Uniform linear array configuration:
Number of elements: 48
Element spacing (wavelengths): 1
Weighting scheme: binomial
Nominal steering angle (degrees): -15
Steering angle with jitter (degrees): -15.483
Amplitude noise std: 0.05
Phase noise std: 0.05

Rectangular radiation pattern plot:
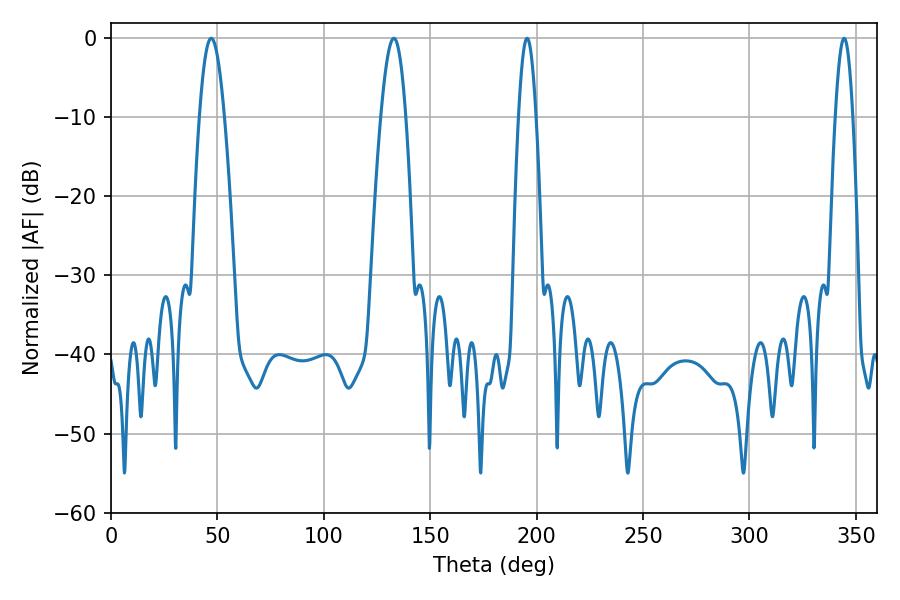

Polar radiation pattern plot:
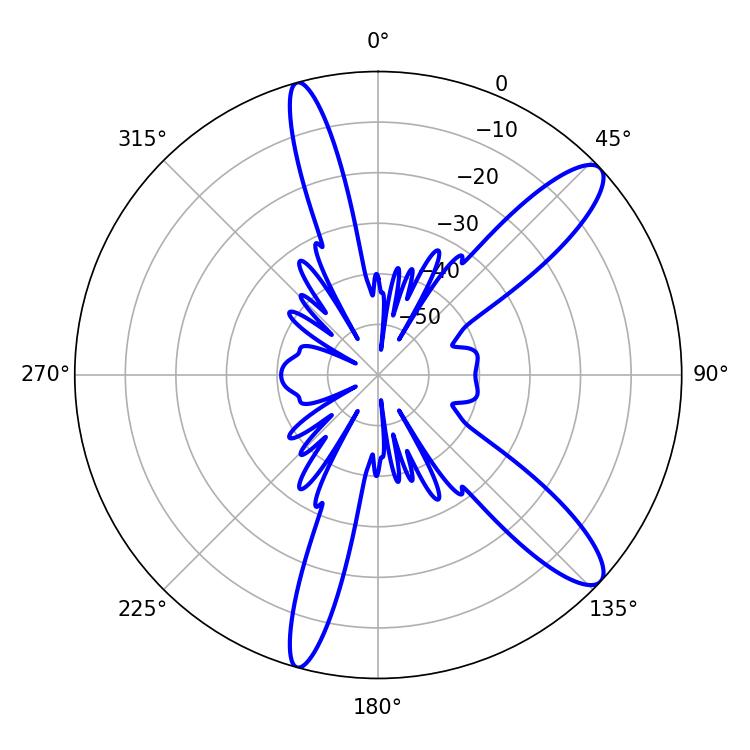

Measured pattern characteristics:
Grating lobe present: TRUE
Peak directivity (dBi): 11.816
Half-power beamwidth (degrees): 4.5
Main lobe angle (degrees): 195.48